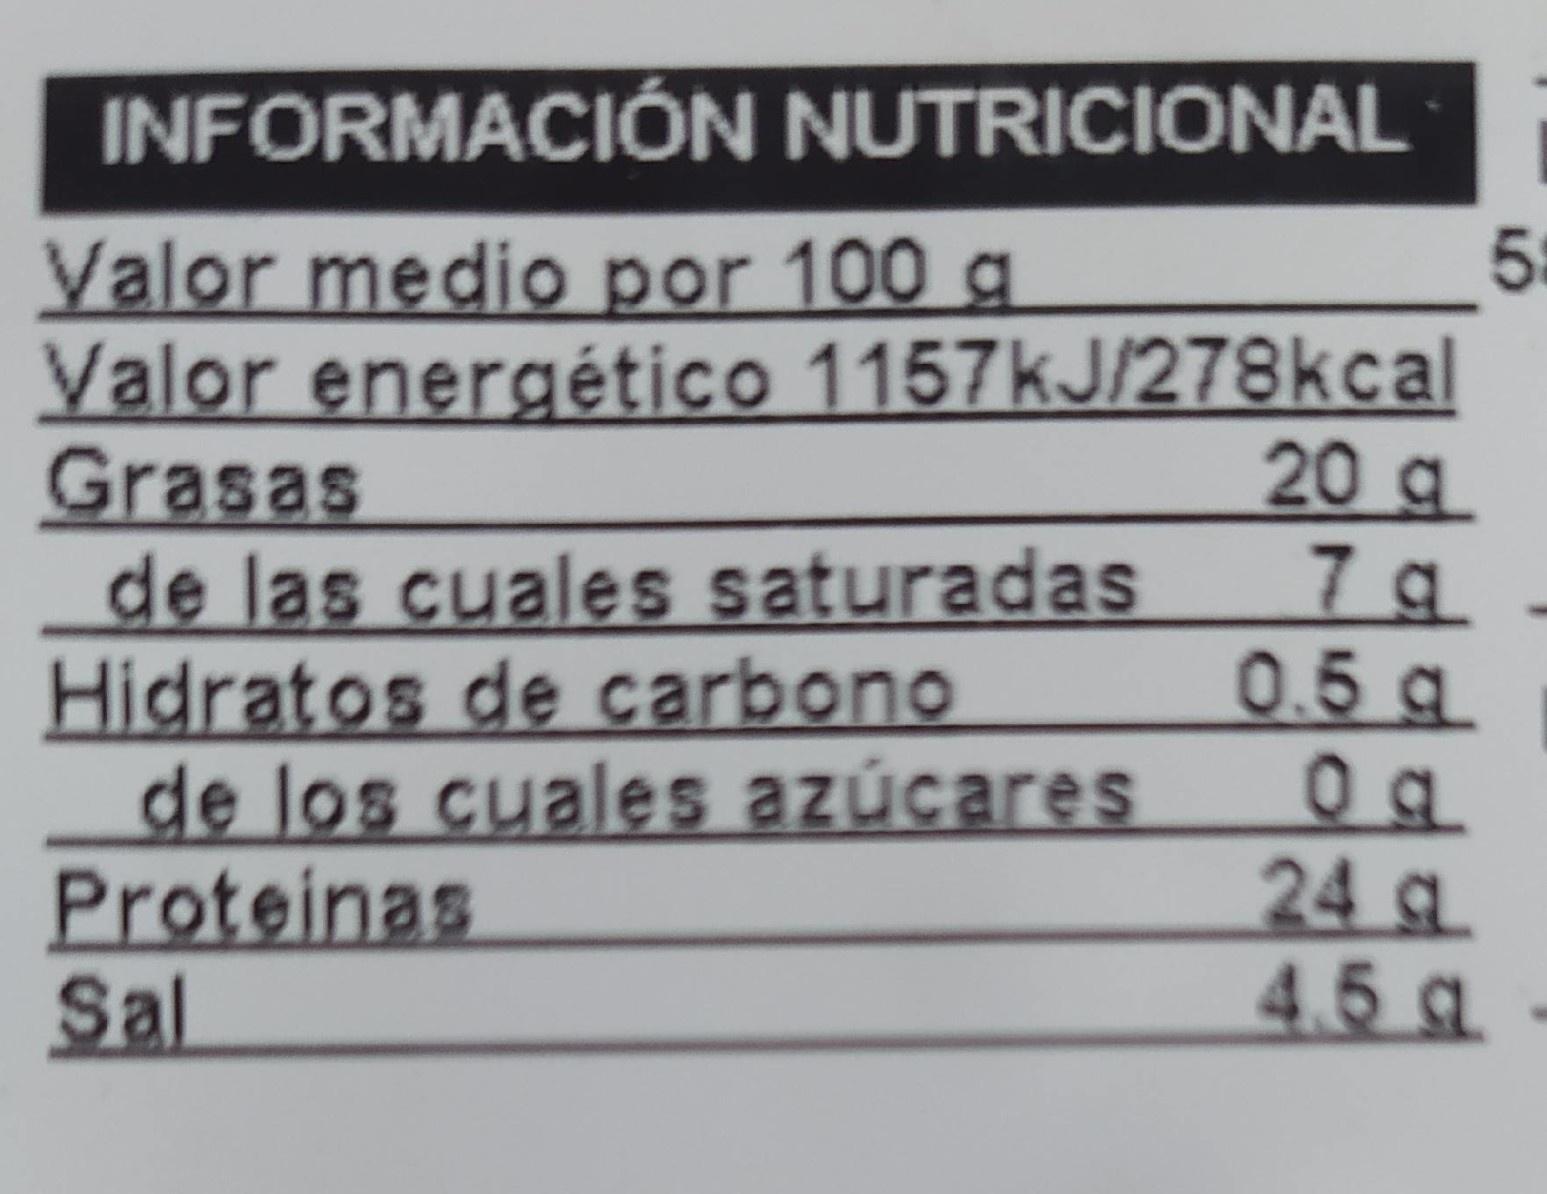
INFORMACIÓN NUTRICIONAL
Valor medio por 100 g Valor energético 1157kJ/278kcal Grasas de las cuales saturadas Hidratos de carbono de los cuales azúcares Proteinas Sal
20 g 7 g 0.5 g
24g. 4.5 g